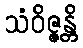
သံဝိဇ္ဇန္တိ